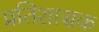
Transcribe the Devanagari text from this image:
प्रतिशासक